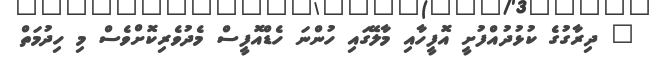
" ދިރާގުގެ ކުޅުދުއްފުށީ އޮފީހާއި މާލޭގައި ހުންނަ ހެޑްއޮފީސް މެދުވެރިކޮށްވެސް މި ހިދުމަތް